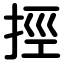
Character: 挳